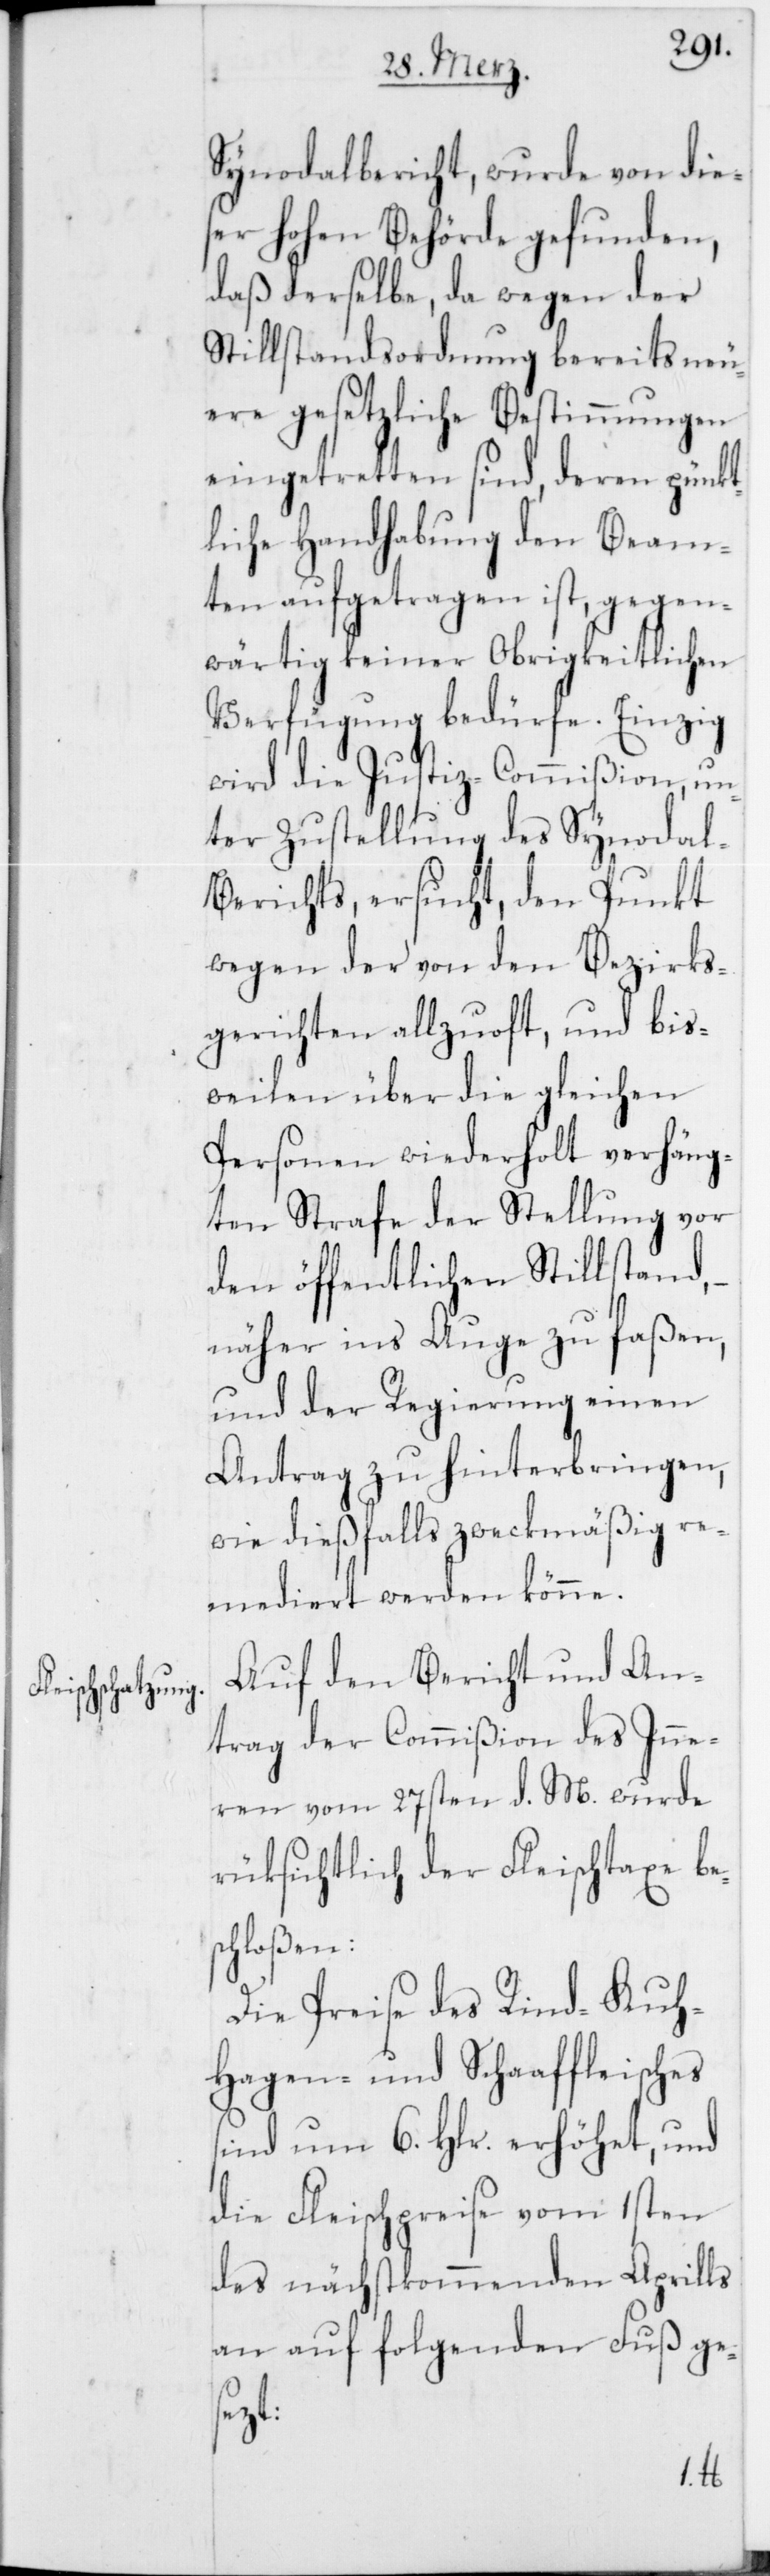
Synodalbericht, wurde von die¬
ser hohen Behörde gefunden,
daß derselbe, da wegen der
Stillstandsordnung bereits neu¬
ere gesetzliche Bestimmungen
eingetretten sind, deren pünkt¬
liche Handhabung den Beam¬
ten aufgetragen ist, gegen¬
wärtig keiner Obrigkeitlichen
Verfügung bedürfe. Einzig
wird die Justiz-Commißion, un¬
ter Zustellung des Synodal-B¬
erichts ersucht, den Punkt
wegen der von den Bezirks¬
gerichten allzuoft, und bis¬
weilen über die gleichen
Personen wiederholt verhäng¬
ten Strafe der Stellung vor
den öffentlichen Stillstand,
näher ins Auge zu faßen,
und der Regierung einen
Antrag zu hinterbringen,
wie dießfalls zweckmäßig re¬
mediert werden könne.
Auf den Bericht und An¬
trag der Commißion des Inne¬
ren vom 27sten d. M. wurde
rüksichtlich der Fleischtaxe bes¬
chloßen:
Die Preise des Rind-[,]
Hagen- und Schaffleisches
sind um 6. Hlr. erhöhet, und
die Fleischpreise vom 1sten
des nächstkommenden Aprills
an, auf folgenden Fuß ge¬
sezt: